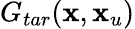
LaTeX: G_{tar}(\textbf{x},\textbf{x}_{u})